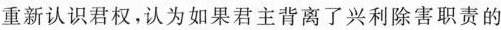
重新认识君权，认为如果君主背离了兴利除害职责的